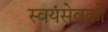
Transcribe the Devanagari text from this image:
स्‍वयंसेवको